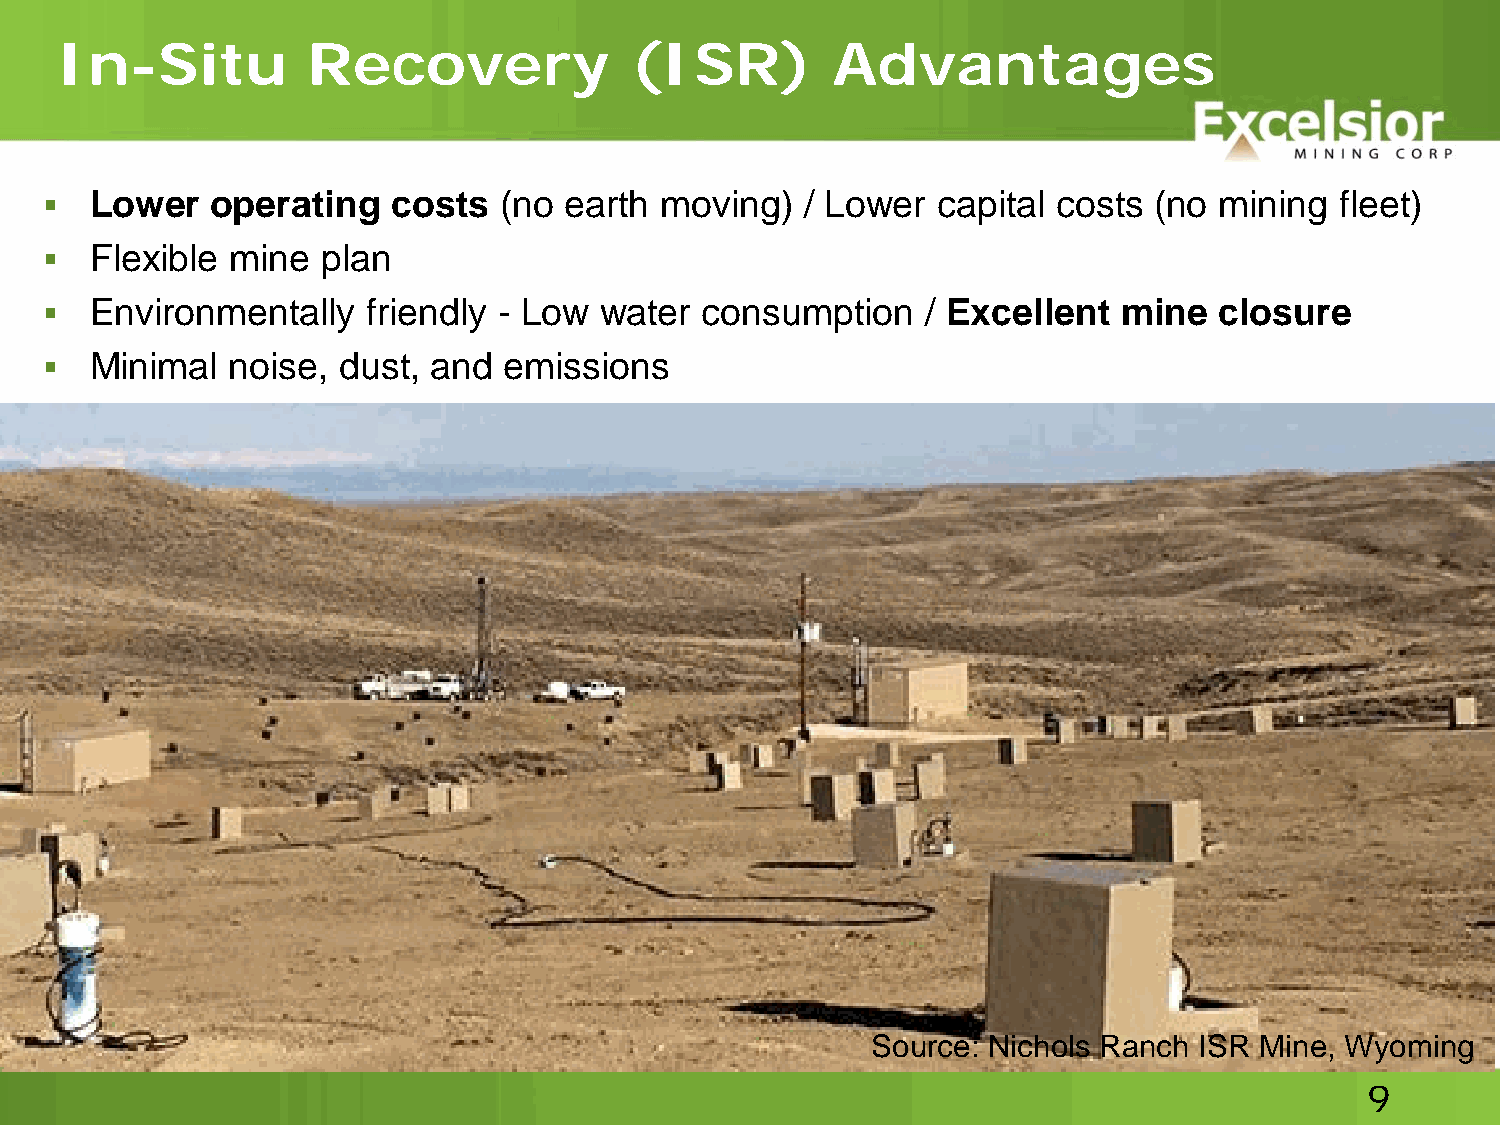
In-Situ         Recovery              (ISR)        Advantages
   Lower   operating   costs  (no earth  moving)  / Lower  capital costs (no  mining  fleet)
   Flexible mine  plan
   Environmentally   friendly - Low  water consumption    / Excellent  mine   closure
   Minimal  noise, dust,  and emissions
 Source: Nichols Ranch ISR Mine, Wyoming
 9